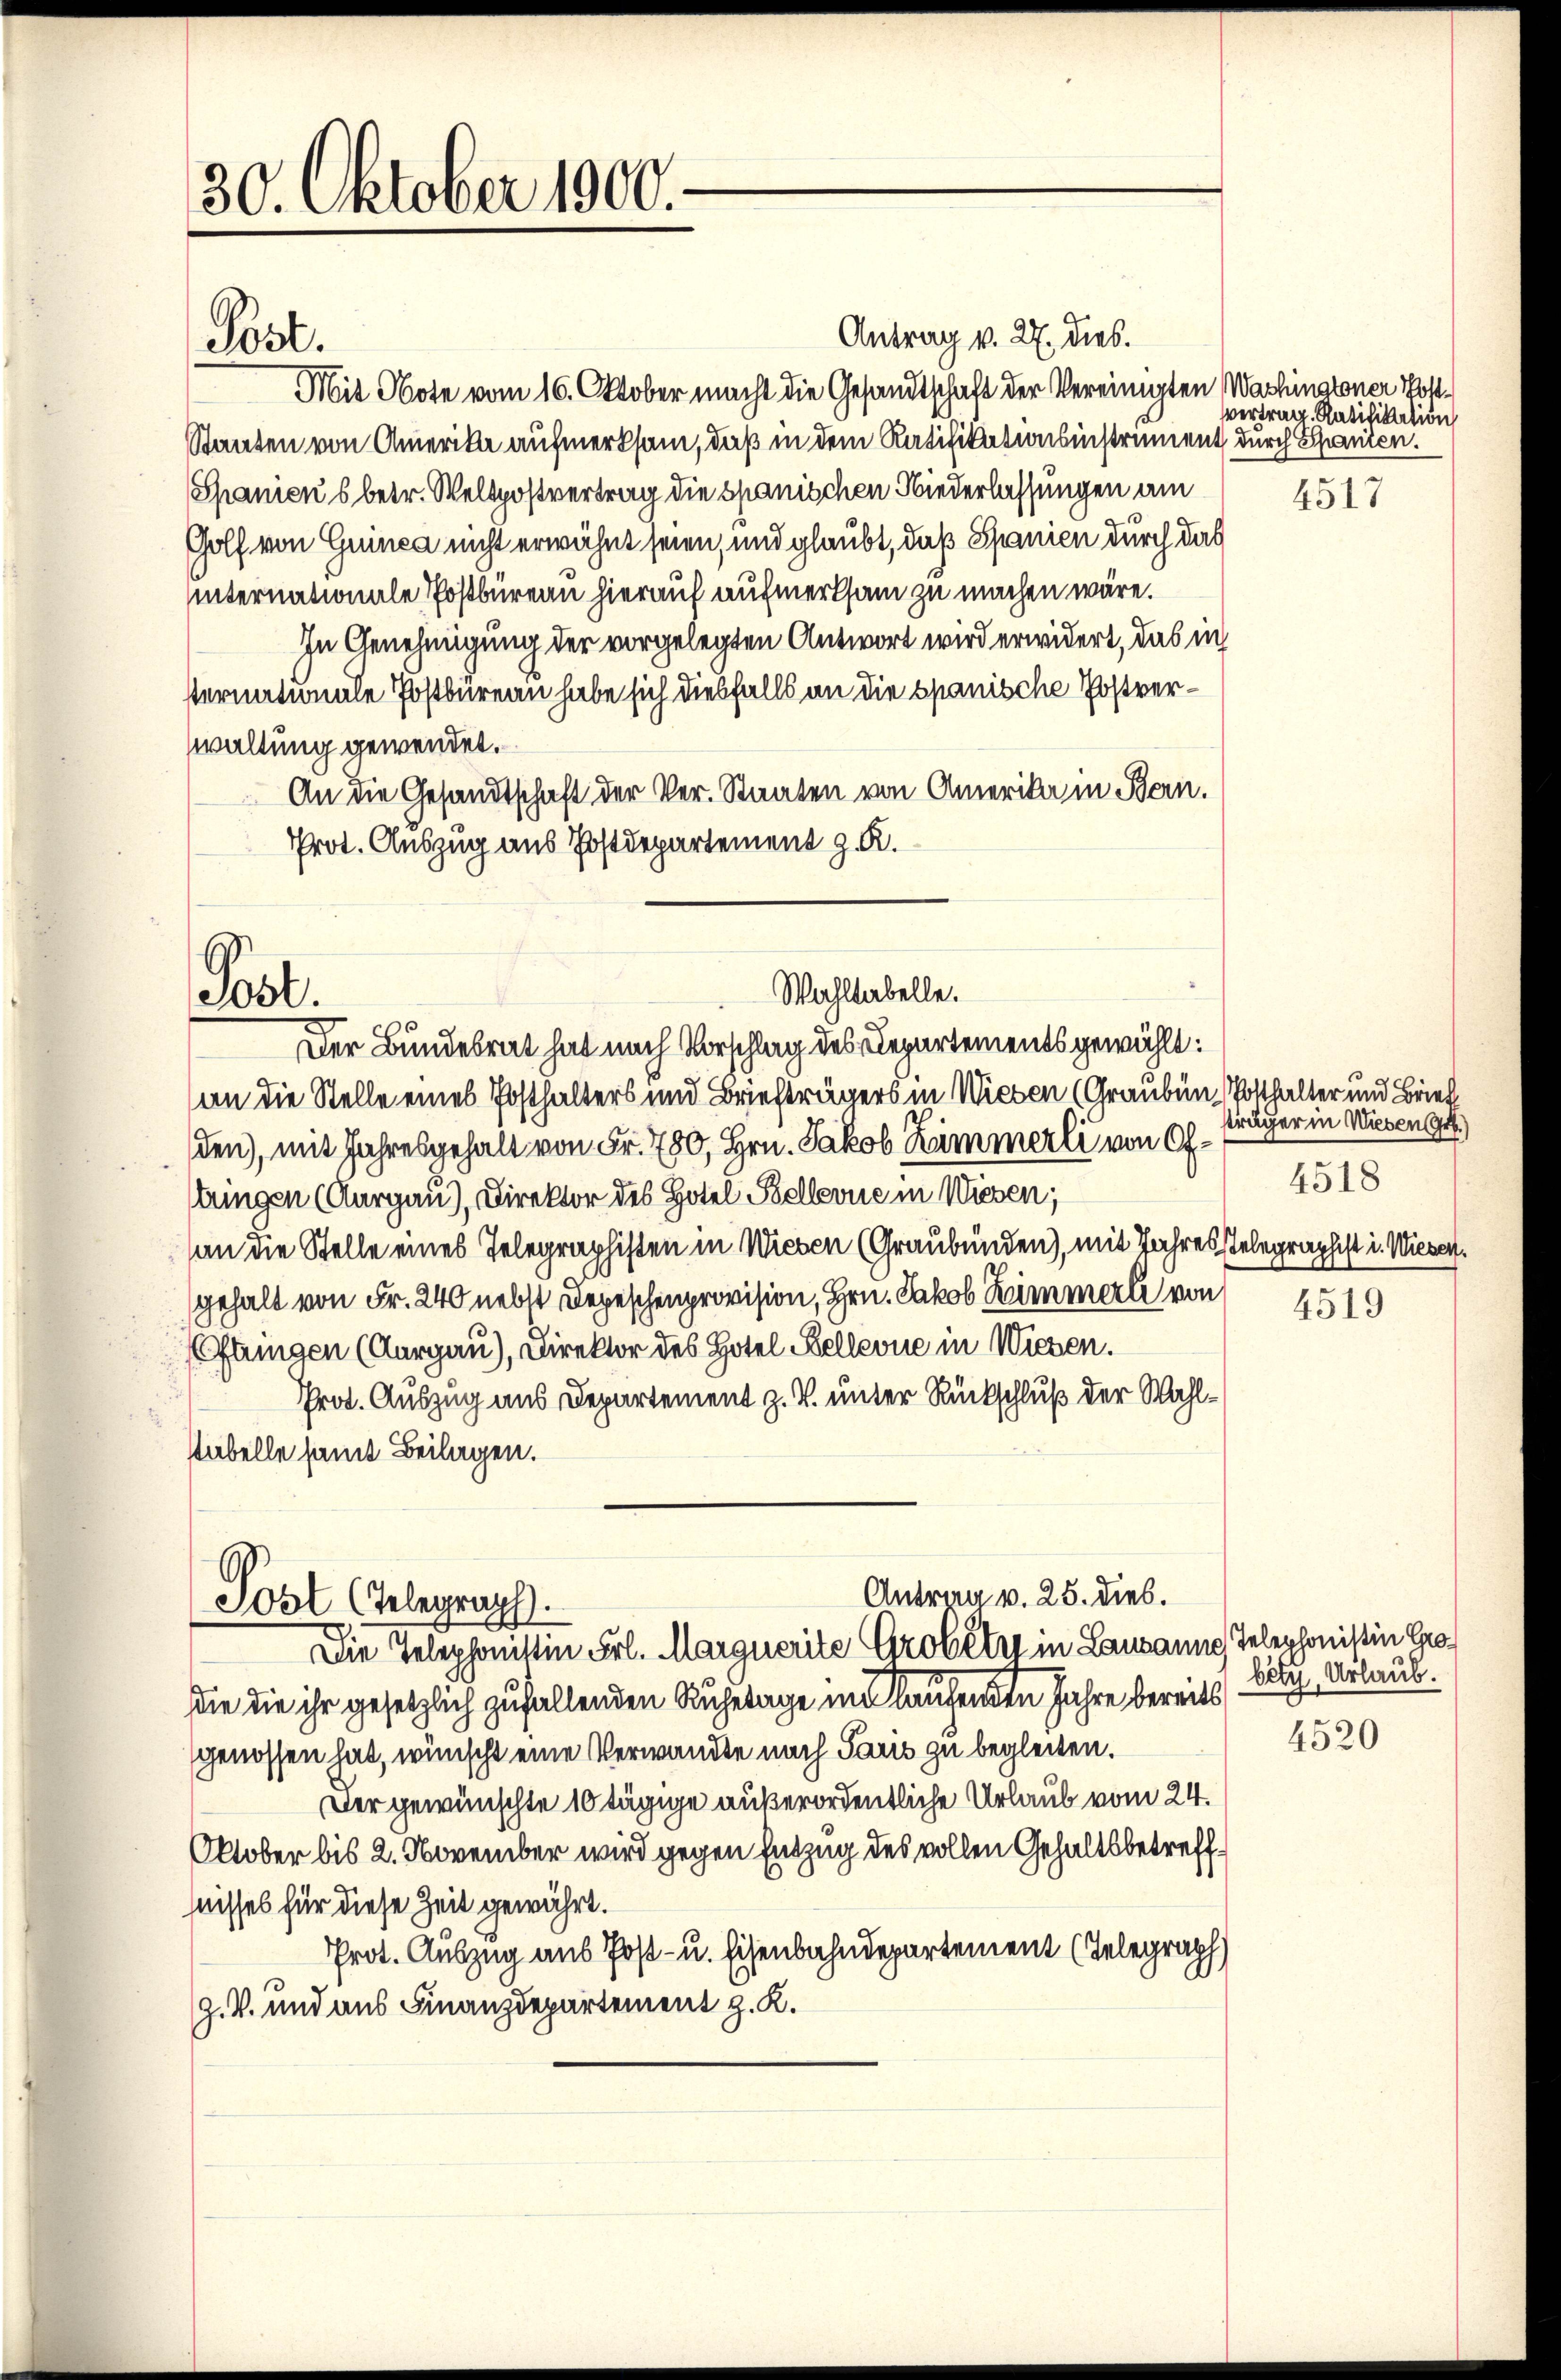
30. Oktober 1900.

Antrag v. 27. dies.
Mit Note vom 16. Oktober macht die Gesandtschaft der Vereinigten Washingtoner Post¬
Staaten von Amerike aufmerksam, daß in dem Ratifikationsinstrument durch Spanien.
Spanien 6 betr. Weltpostvertrag die spanischen Niederlassungen am
Golf von Guinea nicht erwähnt seien, und glaubt, daß Spanien durch das
hinternationale Postbüreau hierauf aufmerksam zu machen wäre.
In Genehmigung der vorgelegten Antwort wird erwidert, das ich
sternationale Postbureau habe sich diesfalls an die spanische Postverwaltung gewendet.
An die Gesandtschaft der Ver- Staaten von Amerika in Bern.
Prot. Auszug aus Postdepartement z. R.
Wahltabelle.
Post.
Der Bundesrat hat nach Vorschlag des Departements gewählt:
an die Stelle eines Posthalters und Briefträgers in Wieben (Grauben Posthalter und Brief
den), mit Jahresgehalt von Fr. 780, Hrn. Jakob Kammerli von Oftringen (Aargau), Direktor des Hotel Bellerne in Wiesen;
an die Stelle eines Telegraphisten in Wiesen (Graubünden), mit Jahres Telegraphist i. Wiesen.
gehalt von Fr. 240 nebst Depeschenprovision, Hrn. Jakob Zimmerli von
ftungen (Aargau), Direktor des Hotel Kellevue in Wiesen.
Prot. Auszug aus Departement z. B. unter Rückschluß der Wahl¬
Uabelle samt Beilagen.

Post.

Antrina v. 25. dies.
Post (Telegraph.
Die Telephonistin Frl. Marguerite Grobêtre in Lausanna Telephonistin Gro

die die ihr gesetzlich zufallenden Ruhetage im laufenden Jahre bereits
genossen hat, wünscht eine Verwandte nach Paris zu begleiten.
Der gewünschte 10 tägige außerordentliche Urlaub vom 24.
Oktober bis 2. November wird gegen Entzug des vollen Gehaltsbetreffhnisses für diese Zeit gewährt.
Prot. Auszug aus Post- u. Eisenbahndepartement (Telegraph
Z. V. und aus Finanzdepartement z. K.

vertrag. Ratifikation

4517

g
träger in Wiesen (Gr.)
4518

4519

betu Urlaub.

4520